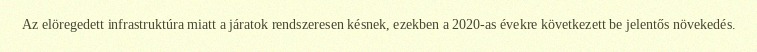
Az elöregedett infrastruktúra miatt a járatok rendszeresen késnek, ezekben a 2020-as évekre következett be jelentős növekedés.